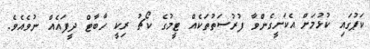
ކަޕުގައި ކުޅުމަށް އެކަށީގެންވާ ފުރުސަތުތަކެއް ޓީމުގެ ކޯޗު ރިކީ ހާބާޓް ދީފައެއް ނުވެއެވެ.